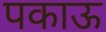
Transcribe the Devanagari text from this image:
पकाऊ